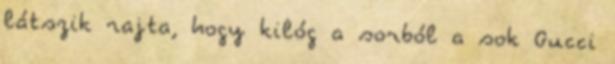
látszik rajta, hogy kilóg a sorból a sok Gucci